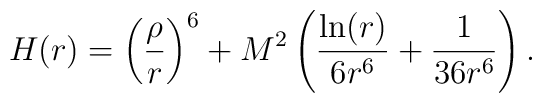
H(r) = \left( \frac{\rho}{r} \right)^6 + M^2 \left( \frac{\ln(r)}{6 r^6} + \frac{1}{36 r^6} \right).